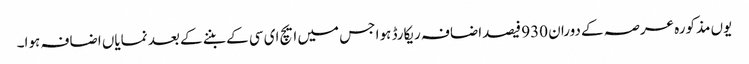
یوں مذکورہ عرصہ کے دوران 930 فیصداضافہ ریکارڈ ہوا جس میں ایچ ای سی کے بننے کے بعد نمایاں اضافہ ہوا۔